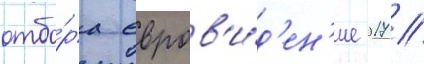
отбо́ра евров'и́д'ен'ие 2017 //